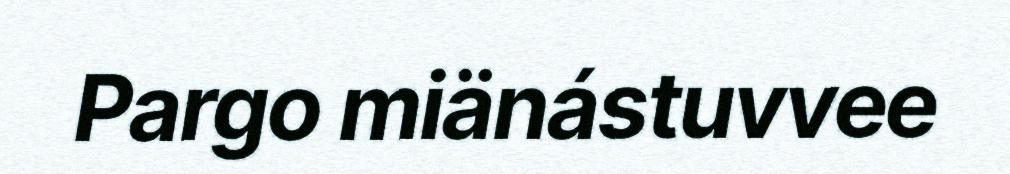
Pargo miänástuvvee